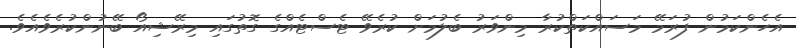
އެހެންކަމުން ފުރަމޭ މަސައްކަތްކުރާ މިންވަރު ބެލުމަށް ކުރެވޭ ޓެސްޓެއްގެ ގޮތުގައި މިރޭޝިއޯ ބޭނުންކުރެވެއެވެ.